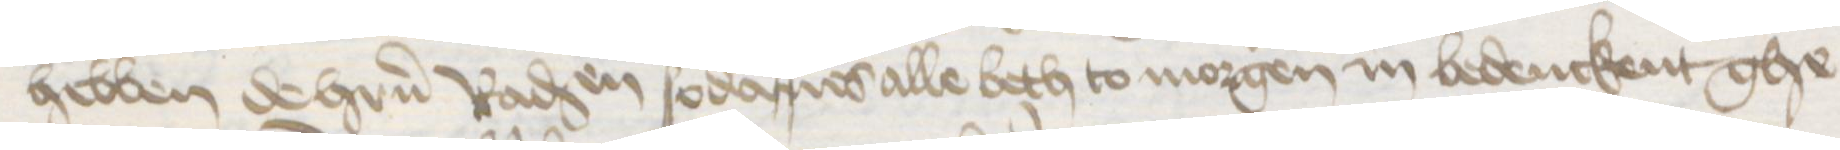
hebben de hrren Raden sodanes alle beth to morgen in bedenckent ghe¬